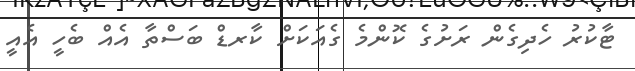
ޓާކުރު ހެދިގެން ރަށުގެ ކޮންމެ ގެއަކަށް ކާރޑް ބަސްތާ އެއް ބެހީ އެއީ